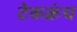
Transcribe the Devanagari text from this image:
टेकक्रंच